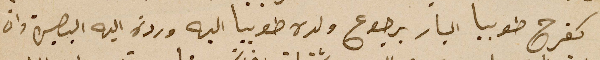
كفرح طوبيا البار برجوع ولده طوبيا اليه وردة اليه البصيرة وان